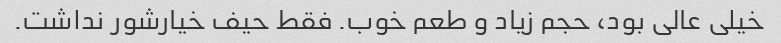
خیلی عالی بود، حجم زیاد و طعم خوب. فقط حیف خیارشور نداشت.